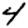
Digit: 4